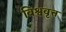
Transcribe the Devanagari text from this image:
विश्ववृत्त